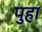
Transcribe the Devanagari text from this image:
पुहा